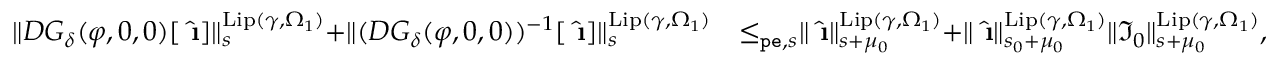
\begin{array} { r l } { \rVert D G _ { \delta } ( \varphi , 0 , 0 ) [ \hat { \textbf { \i } } ] \rVert _ { s } ^ { \mathrm { L i p } ( \gamma , \Omega _ { 1 } ) } + \rVert ( D G _ { \delta } ( \varphi , 0 , 0 ) ) ^ { - 1 } [ \hat { \textbf { \i } } ] \rVert _ { s } ^ { \mathrm { L i p } ( \gamma , \Omega _ { 1 } ) } } & { \le _ { \mathtt { p e } , s } \rVert \hat { \textbf { \i } } \rVert _ { s + \mu _ { 0 } } ^ { \mathrm { L i p } ( \gamma , \Omega _ { 1 } ) } + \rVert \hat { \textbf { \i } } \rVert _ { s _ { 0 } + \mu _ { 0 } } ^ { \mathrm { L i p } ( \gamma , \Omega _ { 1 } ) } \rVert \mathfrak { I } _ { 0 } \rVert _ { s + \mu _ { 0 } } ^ { \mathrm { L i p } ( \gamma , \Omega _ { 1 } ) } , } \end{array}